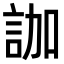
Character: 𧦤